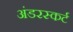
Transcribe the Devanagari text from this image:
अंडरस्कर्ट